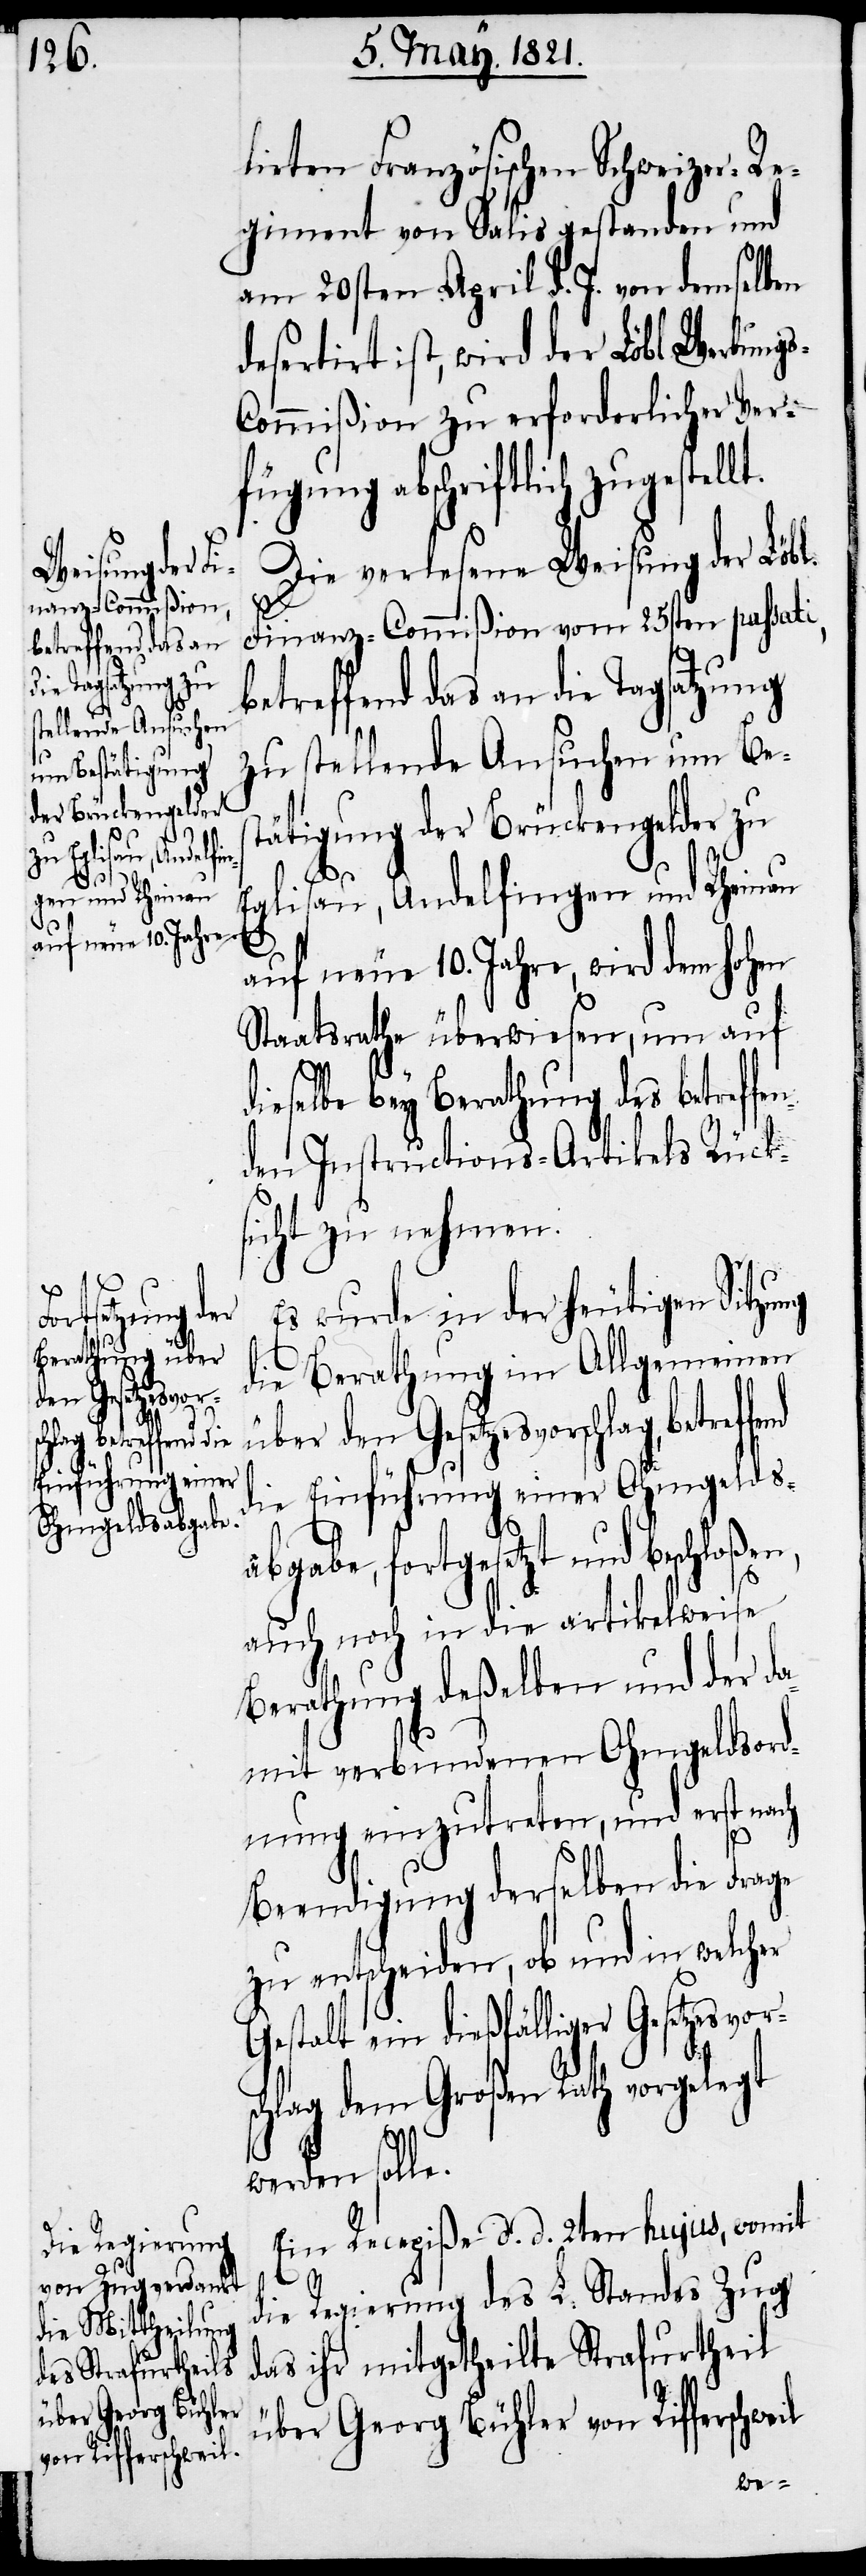
s-C¬
Gestalt ein dießfä¬
ger Gesetzesvor¬
chlag, betreffend die
Einführung einer
Ohmgeldsabgabe,
über Georg Bühler
von Rifferschweil

lirten Französischen Schweizer-Re¬
giment von Salis gestanden und
am 20sten April d. J. von demselben
desertirt ist, wir der Löbl. Werbung¬
ommißion zu erforderlicher Ver¬
fügung abschriftlich zugestel¬
Die verlesene Weisung der Löbl.
Finanz-Commißion vom 25sten passati,
betreffend das an die Tagsatzung
zu stellende Ansuchen um Bes¬
tätigung der Brückengelder zu
li¬
glisau, Andelfingen und Rheinau
auf neue 10. Jahre, wird dem hohen
Staatsrathe überwiesen, um auf
dieselbe bey Berathung des betreff¬
den Instructions-Artikels Rück¬
sicht zu nehmen.
Es wurde in der heutigen Sitzung
die Berathung im Allgemeinen
fortgesetzt und beschloße¬
auch noch in die artikelweise
Berathung deßelben und der da¬
mit verbundenen Ohmgeldsord¬
nung einzutreten, und erst nach
Beendigung derselben die Frage
zu entscheiden, ob und in welcher
schlag dem Großen Rathe vorgelegt
werden solle.
Eine Recepiße d. d. 2ten hujus, womit
die Regierung des L. Standes Zug
das ihr mitgetheilte Strafurtheil